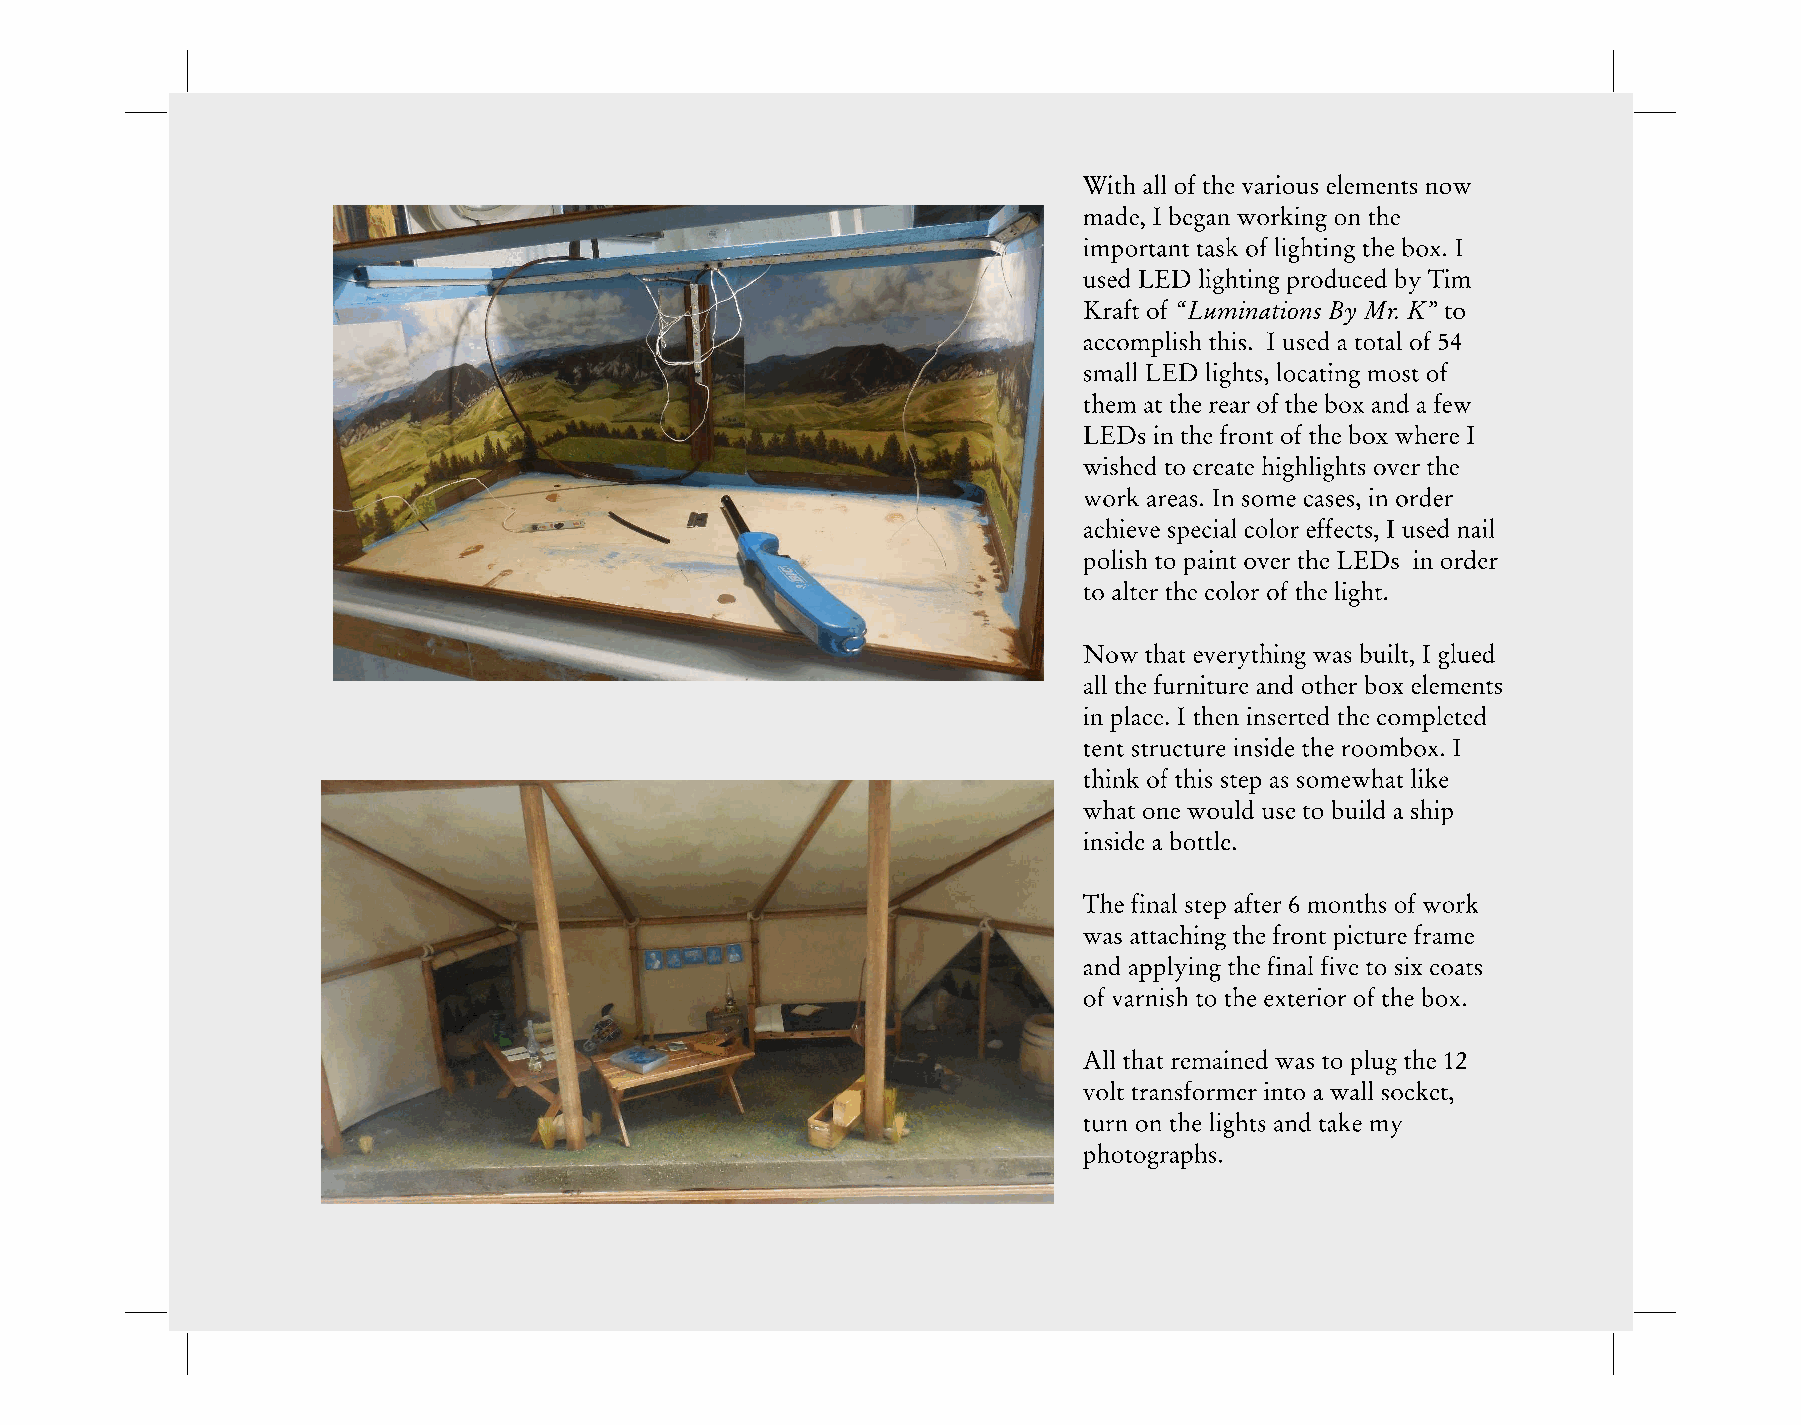
With all of the various elements now
 made, I began working on the
 important task of lighting the box. I
 used LED lighting produced by Tim
 Kraft of “Luminations By Mr. K” to
 accomplish this. I used a total of 54
 small LED lights, locating most of
 them at the rear of the box and a few
 LEDs in the front of the box where I
 wished to create highlights over the
 work areas. In some cases, in order
 achieve special color effects, I used nail
 polish to paint over the LEDs in order
 to alter the color of the light.
 Now that everything was built, I glued
 all the furniture and other box elements
 in place. I then inserted the completed
 tent structure inside the roombox. I
 think of this step as somewhat like
 what one would use to build a ship
 inside a bottle.
 The final step after 6 months of work
 was attaching the front picture frame
 and applying the final five to six coats
 of varnish to the exterior of the box.
 All that remained was to plug the 12
 volt transformer into a wall socket,
 turn on the lights and take my
 photographs.